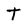
Character: T